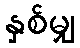
နှစ်မျှ